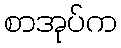
စာအုပ်က